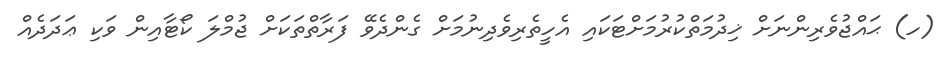
(ހ) ޙައްޖުވެރިންނަށް ޚިދުމަތްކުރުމަށްޓަކައި އެހީތެރިވެދިނުމަށް ގެންދެވޭ ފަރާތްތަކަށް ޖުމްލަ ކޯޓާއިން ވަކި ޢަދަދެއް